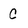
Character: C